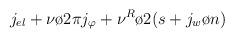
LaTeX: \begin{align*}j_{el} + {{\nu}\o {2\pi}}j_{\varphi} + {{\nu^R}\o 2}(s+ {{j_w}\o n})\end{align*}